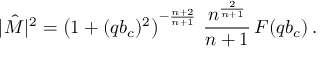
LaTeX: | \hat { \cal M } | ^ { 2 } = \left( 1 + ( q b _ { c } ) ^ { 2 } \right) ^ { - \frac { n + 2 } { n + 1 } } \, \frac { n ^ { \frac { 2 } { n + 1 } } } { n + 1 } \, F ( q b _ { c } ) \, .